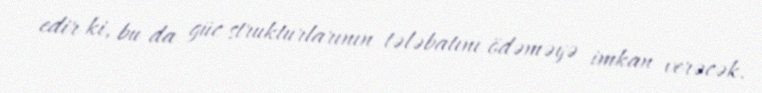
edir ki, bu da güc strukturlarının tələbatını ödəməyə imkan verəcək.